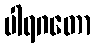
ပါရဂတော